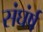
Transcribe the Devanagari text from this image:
संघंर्ष